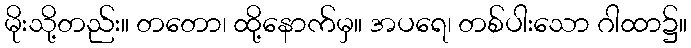
မိုးသို့တည်း။ တတော၊ ထို့နောက်မှ။ အပရေ၊ တစ်ပါးသော ဂါထာ၌။